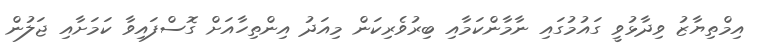
އިމްތިޔާޒު ވިދާޅުވީ ގައުމުގައި ނާމާންކަމާއި ބިރުވެރިކަން މިއަދު އިންތިހާއަށް ގޮސްފައިވާ ކަމަށާއި ޖަލުން